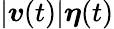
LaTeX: |{\boldsymbol{v}}(t)|{\boldsymbol{\eta}}(t)